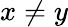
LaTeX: x\not=y